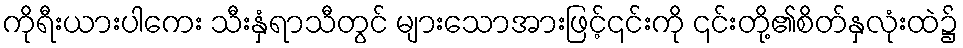
ကိုရီးယားပါကေး သီးနှံရာသီတွင် များသောအားဖြင့်၎င်းကို ၎င်းတို့၏စိတ်နှလုံးထဲ၌